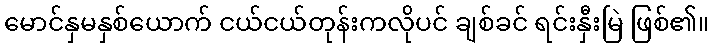
မောင်နှမနှစ်ယောက် ငယ်ငယ်တုန်းကလိုပင် ချစ်ခင် ရင်းနှီးမြဲ ဖြစ်၏။